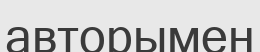
авторымен